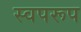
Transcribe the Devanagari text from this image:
स्वपरूप